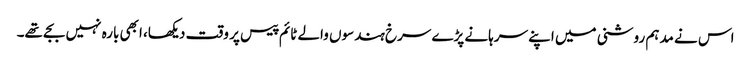
اس نے مدہم روشنی میں اپنے سرہانے پڑے سرخ ہندسوں والے ٹائم پیس پر وقت دیکھا، ابھی بارہ نہیں بجے تھے۔